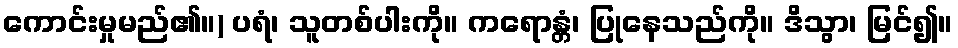
ကောင်းမှုမည်၏။) ပရံ၊ သူတစ်ပါးကို။ ကရောန္တံ၊ ပြုနေသည်ကို။ ဒိသွာ၊ မြင်၍။